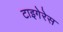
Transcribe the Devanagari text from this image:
टाइगेरेस